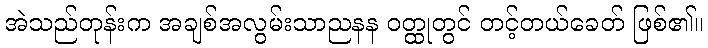
အဲသည်တုန်းက အချစ်အလွမ်းသာညနန ဝတ္ထုတွင် တင့်တယ်ခေတ် ဖြစ်၏။